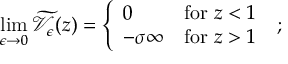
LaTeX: \operatorname * { l i m } _ { \epsilon \rightarrow 0 } \widetilde { \mathcal V } _ { \epsilon } ( z ) = \left\{ \begin{array} { l l } { { 0 } } & { { \mathrm { f o r } \; z < 1 } } \\ { { - \sigma \infty } } & { { \mathrm { f o r } \; z > 1 } } \end{array} \right. \; ;